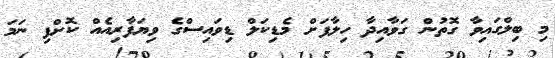
މި ބިލްގައިވާ ގޮތުން ގަވާއިދާ ހިލާފަށް މެޑިކަލް ޑިވައިސްގެ ވިޔަފާރިއެއް ކޮށްފި ނަމަ